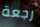
رجعة